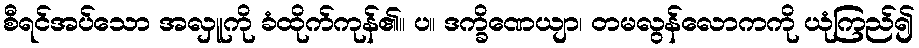
စီရင်အပ်သော အလှူကို ခံထိုက်ကုန်၏။ ပ။ ဒက္ခိဏေယျာ၊ တမလွန်လောကကို ယုံကြည်၍